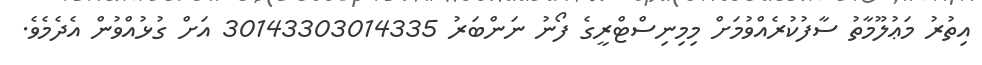
އިތުރު މަޢުލޫމާތު ސާފުކުރެއްވުމަށް މިމިނިސްޓްރީގެ ފޯނު ނަންބަރު 30143303014335 އަށް ގުޅުއްވުން އެދެމެވެ.